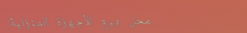
محل بيع الأجهزة المنزلية: